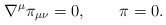
\begin{align*} \nabla^\mu \pi_{\mu\nu} = 0, \qquad \pi = 0.\end{align*}